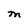
Character: M